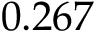
0 . 2 6 7